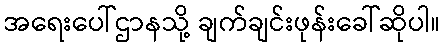
အရေးပေါ်ဌာနသို့ ချက်ချင်းဖုန်းခေါ်ဆိုပါ။